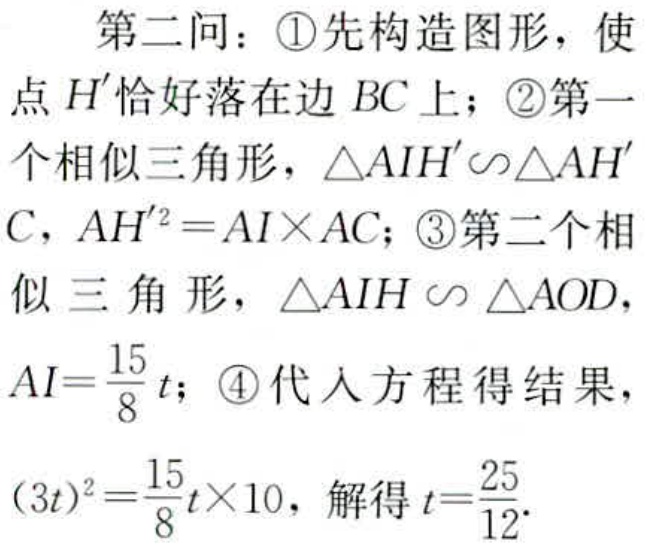
第二问：\textcircled{1}先构造图形，使
点 \(H'\) 恰好落在边 \(BC\) 上；\textcircled{2}第一
个相似三角形，\(\triangle AIH'\sim\triangle AH'C\)，\(AH'^{2}=AI\times AC\)；\textcircled{3}第二个相
似三角形，\(\triangle AIH\sim\triangle AOD\)，
\(AI = \frac{15}{8}t\)；\textcircled{4}代入方程得结果，
\((3t)^{2}=\frac{15}{8}t\times10\)，解得 \(t = \frac{25}{12}\)。